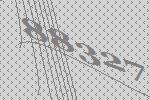
88327